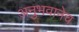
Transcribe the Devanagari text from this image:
अनुभवानेच